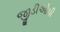
જીડીઓપી